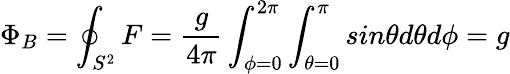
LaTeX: \Phi_{B}=\oint_{S^{2}}F=\frac{g}{4\pi}\int_{\phi=0}^{2\pi}\int_{\theta=0}^{\pi}sin\theta d\theta d\phi=g